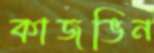
কাজভিন